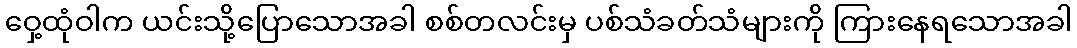
ဝှေ့ထုံဝါက ယင်းသို့ပြောသောအခါ စစ်တလင်းမှ ပစ်သံခတ်သံများကို ကြားနေရသောအခါ